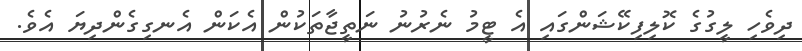
ދިވެހި ލީގުގެ ކޮލިފިކޭޝަންގައި އެ ޓީމު ނެރުނު ނަތީޖާތަކުން އެކަން އެނގިގެންދިޔަ އެވެ.